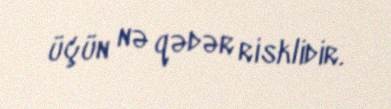
üçün nə qədər risklidir.